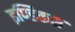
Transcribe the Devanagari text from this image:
इण्डिकस